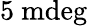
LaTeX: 5~\mathrm{mdeg}